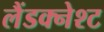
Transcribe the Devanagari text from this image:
लैंडक्नेश्ट